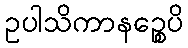
ဥပါသိကာနဉ္စေပိ